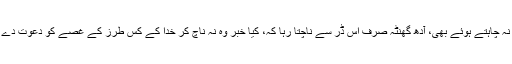
غلام نبی نہ چاہتے ہوئے بھی، آدھ گھنٹہ صرف اس ڈر سے ناچتا رہا کہ، کیا خبر وہ نہ ناچ کر خدا کے کس طرز کے غصے کو دعوت دے رہا ہے؟